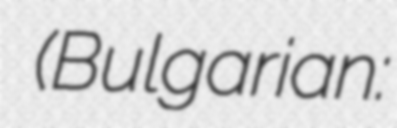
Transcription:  (Bulgarian: